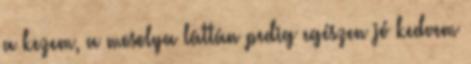
a kezem, a mosolya láttán pedig egészen jó kedvem